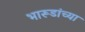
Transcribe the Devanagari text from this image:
भारूडांच्या